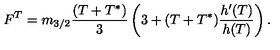
F ^ { T } = m _ { 3 / 2 } \frac { ( T + T ^ { * } ) } { 3 } \left( 3 + ( T + T ^ { * } ) \frac { h ^ { \prime } ( T ) } { h ( T ) } \right) .